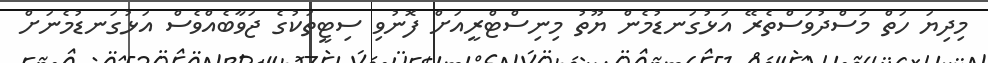
މިދިޔަ ހަތް މަސްދުވަސްތެރޭ އަޅުގަނޑުމެން ޔޫތު މިނިސްޓްރީއަށް ފޮނުވި ސިޓީތަކުގެ ޖަވާބެއްވެސް އަޅުގަނޑުމެނަށް